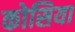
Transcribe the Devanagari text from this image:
कोसिया